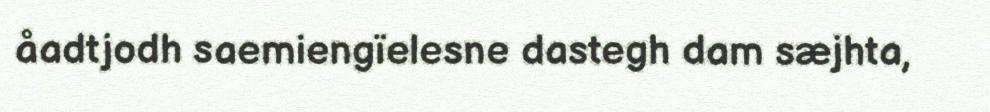
åadtjodh saemiengïelesne dastegh dam sæjhta,